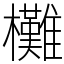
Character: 㰙